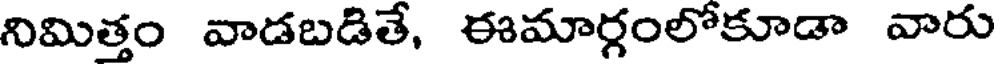
నిమిత్తం వాడబడితే, ఈమార్గంలోకూడా వారు